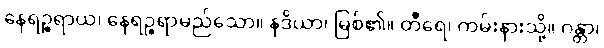
နေရဉ္စရာယ၊ နေရဉ္စရာမည်သော။ နဒိယာ၊ မြစ်၏။ တီရေ၊ ကမ်းနားသို့။ ဂန္တာ၊